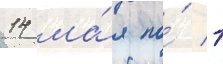
14 ма́я по́ 1